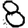
Digit: 8